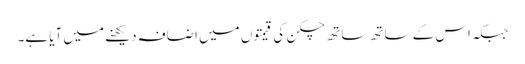
جبکہ اس کے ساتھ ساتھ چکن کی قیمتوں میں اضافہ دیکھنے میں آیا ہے۔